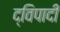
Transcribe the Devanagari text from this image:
द्विपादी